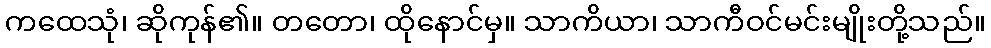
ကထေသုံ၊ ဆိုကုန်၏။ တတော၊ ထိုနောင်မှ။ သာကိယာ၊ သာကီဝင်မင်းမျိုးတို့သည်။